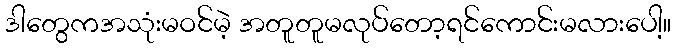
ဒါတွေကအသုံးမဝင်မဲ့ အတူတူမလုပ်တော့ရင်ကောင်းမလားပေါ့။